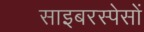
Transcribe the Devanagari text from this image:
साइबरस्पेसों